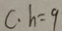
c \cdot h = 9